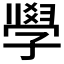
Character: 𭓘